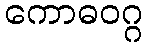
ကောဓဝဂ္ဂ